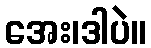
အေး၊ဒါပဲ။